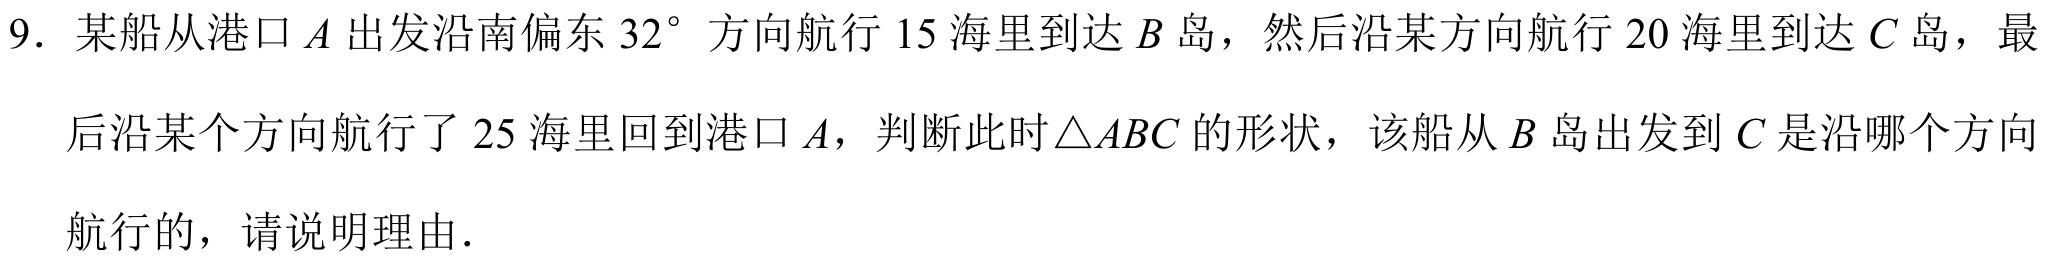
9. 某船从港口 \(A\) 出发沿南偏东 \(32^{\circ}\) 方向航行 \(15\) 海里到达 \(B\) 岛，然后沿某方向航行 \(20\) 海里到达 \(C\) 岛，最
后沿某个方向航行了 \(25\) 海里回到港口 \(A\)，判断此时\(\triangle ABC\)的形状，该船从 \(B\) 岛出发到 \(C\) 是沿哪个方向
航行的，请说明理由.